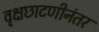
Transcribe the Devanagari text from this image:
वृक्षछाटणीनंतर